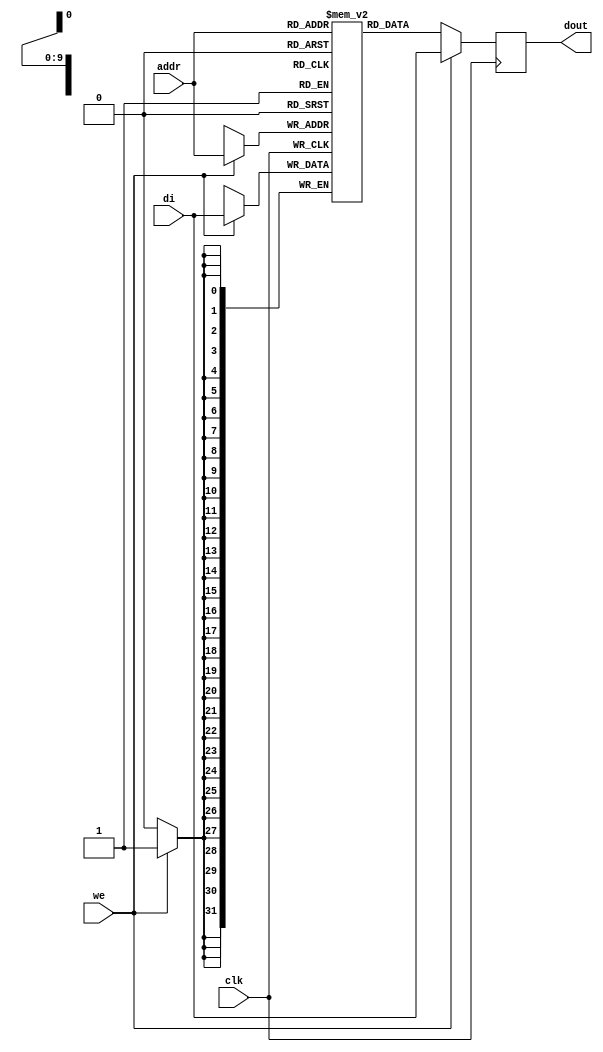

module rams_sp_wf_1024x32_neg (clk, we, addr, di, dout);
input clk;
input we;
input [9:0] addr;
input [31:0] di;
output [31:0] dout;

reg [31:0] RAM [1023:0];
reg [31:0] dout;



always @(negedge clk)
    begin
        if (we)
        begin
            RAM[addr] <= di;
            dout <= di;
        end
        else
            dout <= RAM[addr];
    end
endmodule